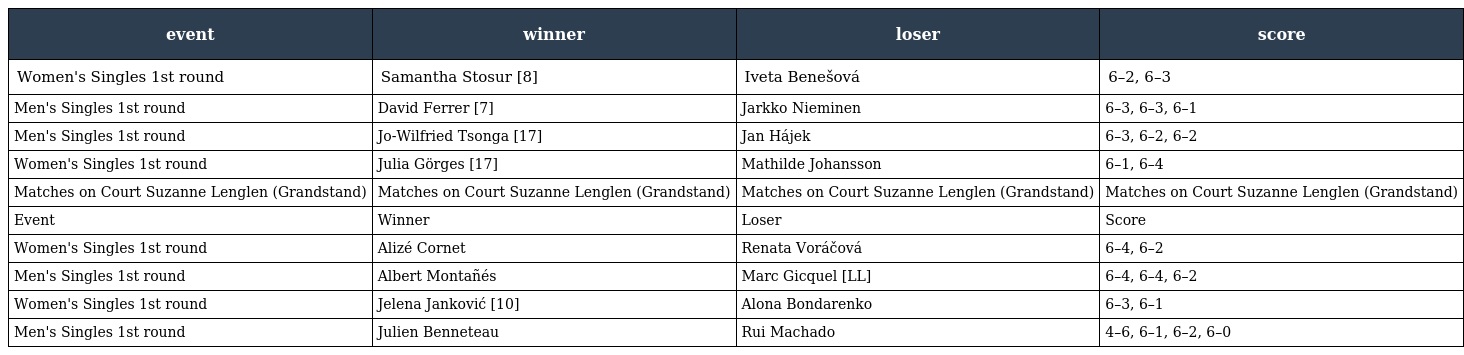
| event | winner | loser | score |
 | --- | --- | --- | --- |
 | Women's Singles 1st round | Samantha Stosur [8] | Iveta Benešová | 6–2, 6–3 |
 | Men's Singles 1st round | David Ferrer [7] | Jarkko Nieminen | 6–3, 6–3, 6–1 |
 | Men's Singles 1st round | Jo-Wilfried Tsonga [17] | Jan Hájek | 6–3, 6–2, 6–2 |
 | Women's Singles 1st round | Julia Görges [17] | Mathilde Johansson | 6–1, 6–4 |
 | Matches on Court Suzanne Lenglen (Grandstand) | Matches on Court Suzanne Lenglen (Grandstand) | Matches on Court Suzanne Lenglen (Grandstand) | Matches on Court Suzanne Lenglen (Grandstand) |
 | Event | Winner | Loser | Score |
 | Women's Singles 1st round | Alizé Cornet | Renata Voráčová | 6–4, 6–2 |
 | Men's Singles 1st round | Albert Montañés | Marc Gicquel [LL] | 6–4, 6–4, 6–2 |
 | Women's Singles 1st round | Jelena Janković [10] | Alona Bondarenko | 6–3, 6–1 |
 | Men's Singles 1st round | Julien Benneteau | Rui Machado | 4–6, 6–1, 6–2, 6–0 |